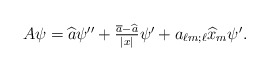
\begin{align*} \textstyle A \psi= \widehat{a}\psi'' + \frac{\overline{a}-\widehat{a}}{|x|} \psi' + a_{\ell m;\ell}\widehat{x}_{m}\psi'.\end{align*}